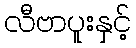
လီဗာပူးနှင့်